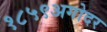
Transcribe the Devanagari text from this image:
१८५९अगोदर